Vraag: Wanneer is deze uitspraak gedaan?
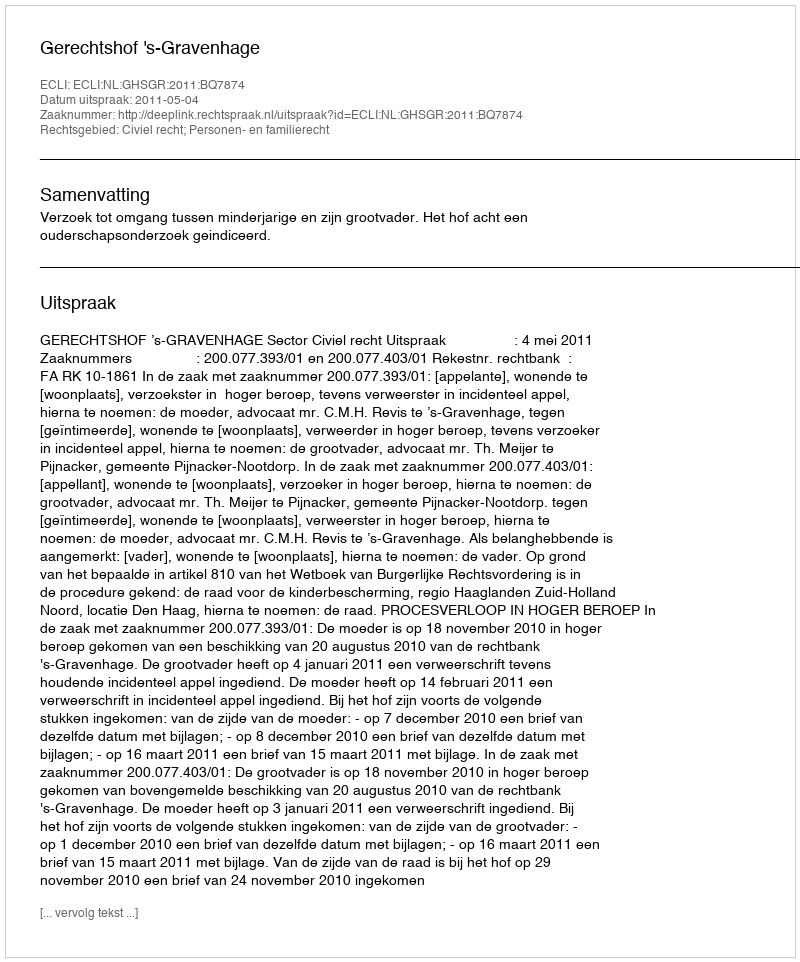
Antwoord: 2011-05-04